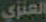
العنزي